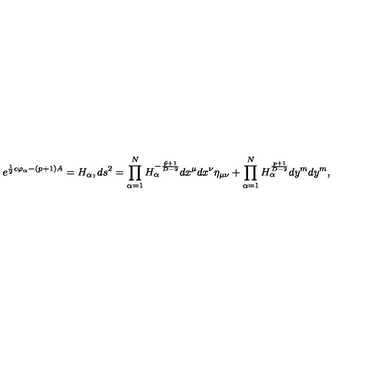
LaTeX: e ^ { { \frac { 1 } { 2 } } \epsilon \varphi _ { \alpha } - ( p + 1 ) A } = H _ { \alpha } , d s ^ { 2 } = \prod _ { \alpha = 1 } ^ { N } H _ { \alpha } ^ { - { \frac { \tilde { p } + 1 } { D - 2 } } } d x ^ { \mu } d x ^ { \nu } \eta _ { \mu \nu } + \prod _ { \alpha = 1 } ^ { N } H _ { \alpha } ^ { \frac { p + 1 } { D - 2 } } d y ^ { m } d y ^ { m } ,